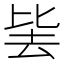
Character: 𭆛